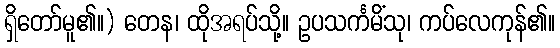
ရှိတော်မူ၏။) တေန၊ ထိုအရပ်သို့။ ဥပသင်္ကမိံသု၊ ကပ်လေကုန်၏။